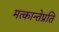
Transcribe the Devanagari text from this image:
मत्कान्तेप्रति